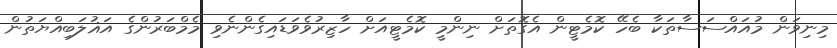
މިނިވަން މުއައްސަސާތަކާ ބެހޭ ކޮމެޓީން އެގޮތަށް ނިންމީ ކޮމެޓީއަށް ހާޒިރުވެވަޑައިގެންނެވި މެމްބަރުންގެ އަޣުލަބިއްޔަތުން